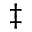
{ \ddag }